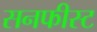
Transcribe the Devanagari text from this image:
सनफीस्ट